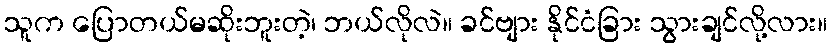
သူက ပြောတယ်မဆိုးဘူးတဲ့၊ ဘယ်လိုလဲ။ ခင်ဗျား နိုင်ငံခြား သွားချင်လို့လား။